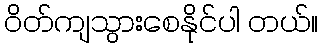
ဝိတ်ကျသွားစေနိုင်ပါ တယ်။